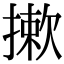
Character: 摗